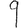
Digit: 9